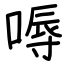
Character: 嗕